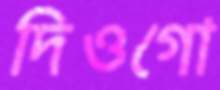
দিওগো